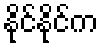
နိုင်နိုင်က